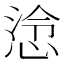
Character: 𢜅